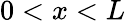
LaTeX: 0<x<L